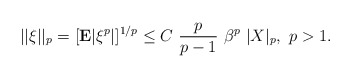
\begin{align*} ||\xi||_p = [{\bf E} | \xi^p|]^{1/p} \le C \ \frac{p}{p - 1} \ \beta^p \ |X|_p, \ p > 1.\end{align*}